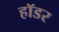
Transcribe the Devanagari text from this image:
हॉडर